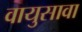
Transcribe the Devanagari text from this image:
वायुसावा